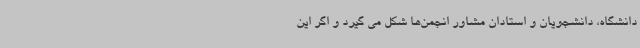
دانشگاه، دانشجویان و استادان مشاور انجمن‌ها شکل می گیرد و اگر این